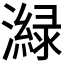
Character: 𤀼